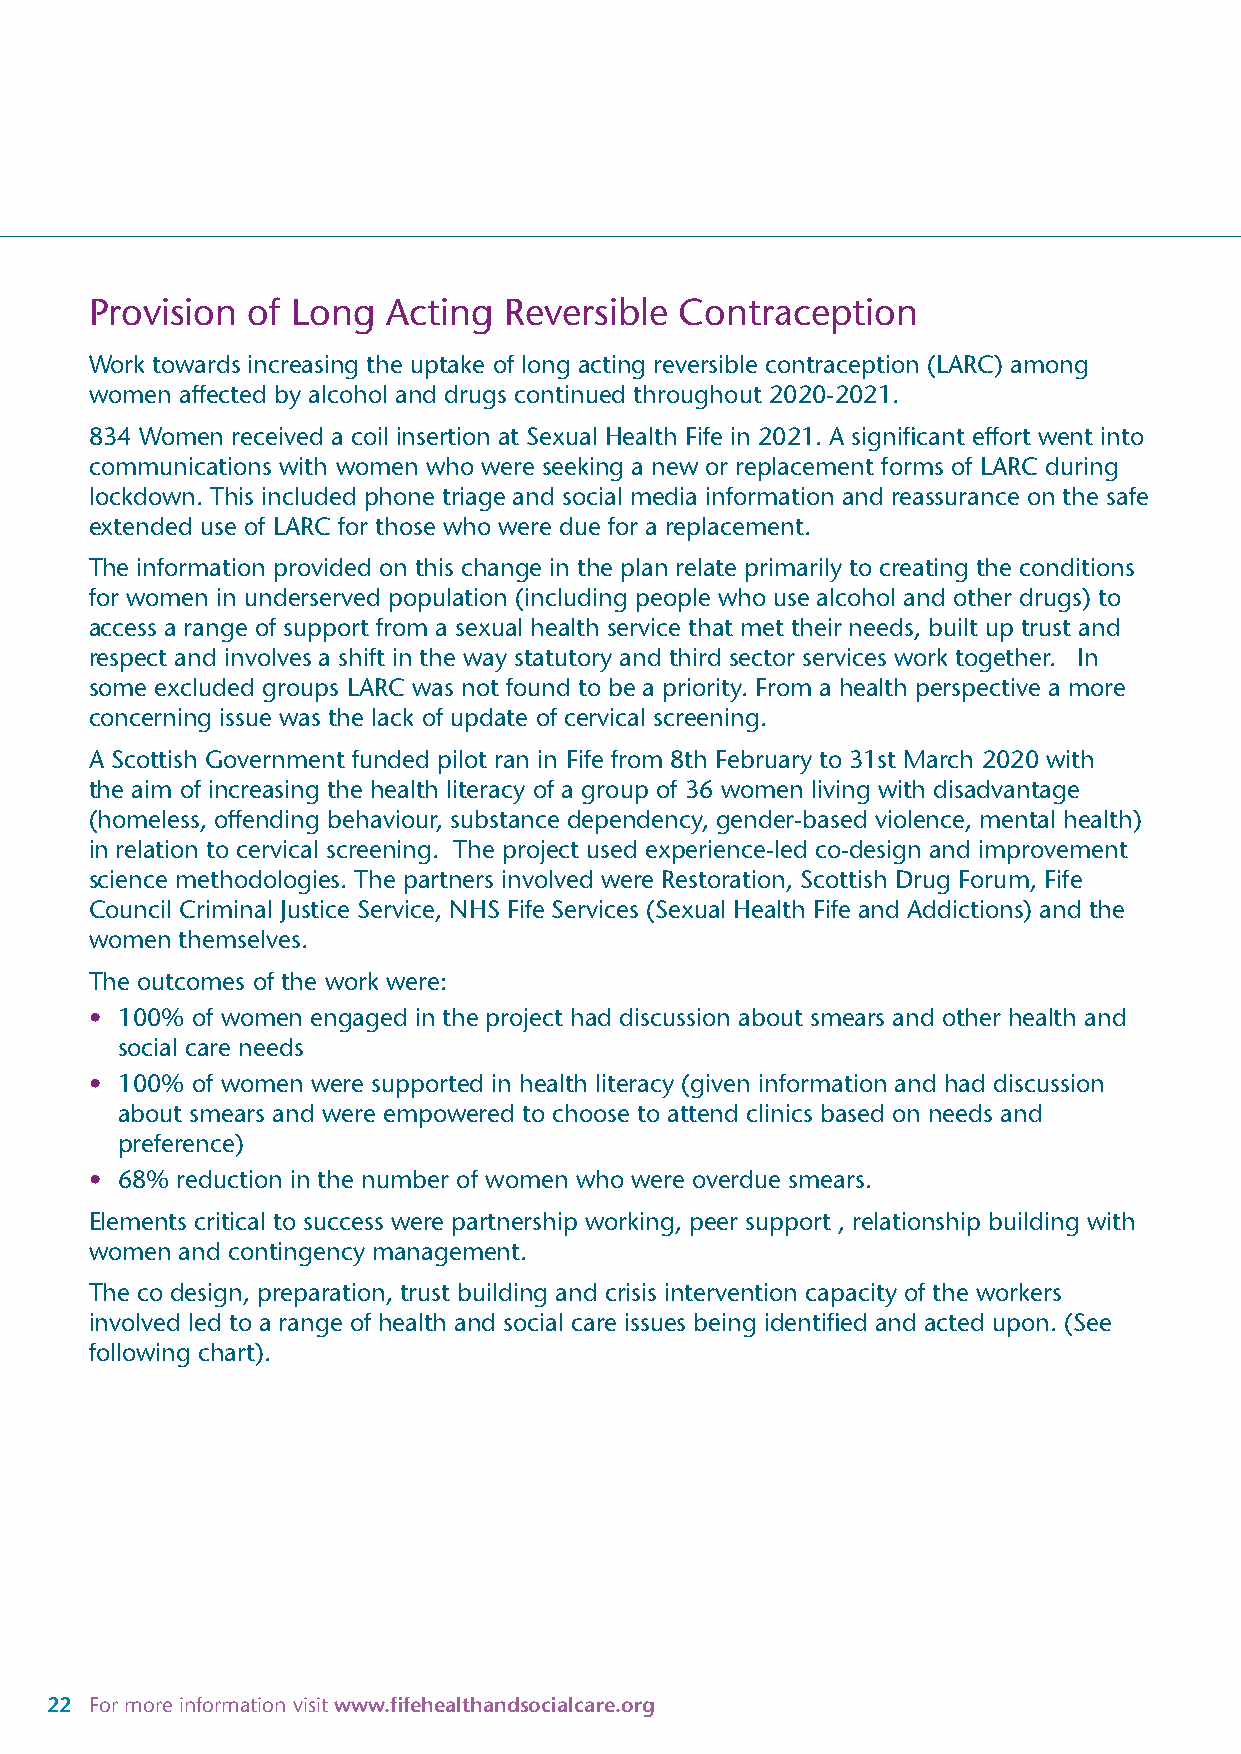
Provision of Long   Acting Reversible  Contraception
 Work towards increasing the uptake of long acting reversible contraception (LARC) among
 women affected by alcohol and drugs continued throughout 2020-2021.
 834 Women received a coil insertion at Sexual Health Fife in 2021. A significant effort went into
 communications with women who were seeking a new or replacement forms of LARC during
 lockdown. This included phone triage and social media information and reassurance on the safe
 extended use of LARC for those who were due for a replacement.
 The information provided on this change in the plan relate primarily to creating the conditions
 for women in underserved population (including people who use alcohol and other drugs) to
 access a range of support from a sexual health service that met their needs, built up trust and
 respect and involves a shift in the way statutory and third sector services work together. In
 some excluded groups LARC was not found to be a priority. From a health perspective a more
 concerning issue was the lack of update of cervical screening.
 A Scottish Government funded pilot ran in Fife from 8th February to 31st March 2020 with
 the aim of increasing the health literacy of a group of 36 women living with disadvantage
 (homeless, offending behaviour, substance dependency, gender-based violence, mental health)
 in relation to cervical screening. The project used experience-led co-design and improvement
 science methodologies. The partners involved were Restoration, Scottish Drug Forum, Fife
 Council Criminal Justice Service, NHS Fife Services (Sexual Health Fife and Addictions) and the
 women themselves.
 The outcomes of the work were:
 • 100% of women engaged in the project had discussion about smears and other health and
 social care needs
 • 100% of women were supported in health literacy (given information and had discussion
 about smears and were empowered to choose to attend clinics based on needs and
 preference)
 • 68% reduction in the number of women who were overdue smears.
 Elements critical to success were partnership working, peer support , relationship building with
 women and contingency management.
 The co design, preparation, trust building and crisis intervention capacity of the workers
 involved led to a range of health and social care issues being identified and acted upon. (See
 following chart).
 22 For more information visit www.fifehealthandsocialcare.org